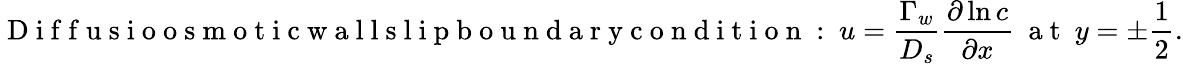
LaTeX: \mathrm{~D~i~f~f~u~s~i~o~o~s~m~o~t~i~c~w~a~l~l~s~l~i~p~b~o~u~n~d~a~r~y~c~o~n~d~i~t~i~o~n~:~}u=\frac{\Gamma_{w}}{D_{s}}\frac{\partial\ln c}{\partial x}~\mathrm{~a~t~}~y=\pm\frac{1}{2}.